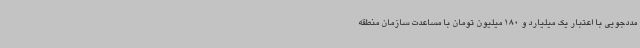
مددجویی با اعتبار یک میلیارد و 180 میلیون تومان با مساعدت سازمان منطقه